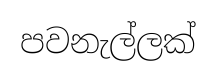
පවනැල්ලක්